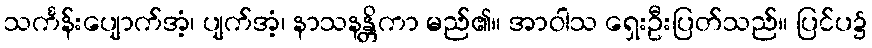
သင်္ကန်းပျောက်အံ့၊ ပျက်အံ့၊ နာသနန္တိကာ မည်၏။ အာဝါသ ရှေးဦးပြတ်သည်။ ပြင်ပ၌